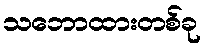
သဘောထားတစ်ခု